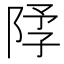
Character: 𫕃